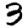
Digit: 3